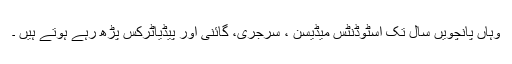
وہاں پانچویں سال تک اسٹوڈنٹس میڈیسن ، سرجری، گائنی اور پیڈیاٹرکس پڑھ رہے ہوتے ہیں ۔